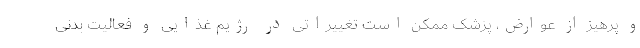
و پرهیز از عوارض، پزشک ممکن است تغییراتی در رژیم غذایی و فعالیت بدنی